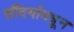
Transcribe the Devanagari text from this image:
सौंदर्यामधून